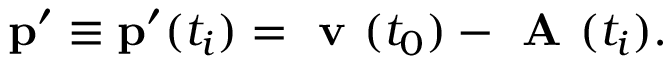
\mathbf { p } ^ { \prime } \equiv \mathbf { p } ^ { \prime } ( t _ { i } ) = \textbf { v } ( t _ { 0 } ) - \textbf { A } ( t _ { i } ) .